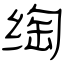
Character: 绹